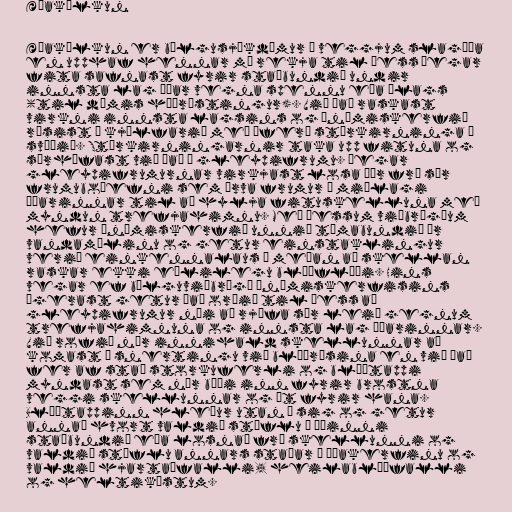
Æðakölkun

Æðakölkun er bólgusjúkdómur í veggjum slagæða
en upphaf hennar má rekja til þess þegar
fita safnast fyrir staðbundið undir
innsta lag æðar vegna spennu eða álags
(til dæmis háþrýstingur). Við það raskast
virkni innsta lagsins og ónæmiskerfið
ræsist í kjölfarið með íferð stórkirninga á
svæðið. Stórkirningarnir taka upp fituna og
sérhæfast við það í gleypifrumu. Þegar
gleypifrumurnar virkjast losa þær frá sér
frumuboðefni sem örva frumur í miðlagi
æðarinnar til að hylja fituskelluna með
myndun trefjahimnu. Með þessum viðbrögðum
hefur ónæmiskerfið unnið tímabundið úr
vandamálinu og getur einstaklingur
verið einkennalaus á meðan að skellan
raskar ekki eðlilegu blóðflæði. Hins
vegar ef bólguviðbrögð ónæmiskerfisins
ágerast getur það orðið til þess að
gleypifrumur nái að rjúfa sér leið gegnum
trefjahimnuna og innsta lag æðarinnar.
Við rofið nær innihald skellunnar að
komast í snertingu við blóðrásina en við það
fer af stað storkuferli og blóðtappi
myndast sem nær bæði inn fyrir brostna
veggi skellunnar og út fyrir hana.
Blóðtappinn hleður utan á sig og getur
annað hvort valdið stíflu í æðinni
staðbundið eða losnað frá skellunni og
valdið stíflu annars staðar í æðakerfinu og
valdið hjartaáfalli, heilablóðfalli
og heltiköstum.